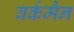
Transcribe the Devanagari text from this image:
वर्कमैन